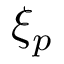
\xi _ { p }